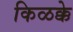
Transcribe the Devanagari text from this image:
किळक्के